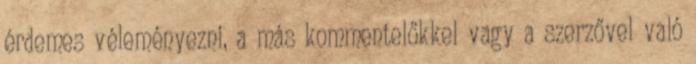
érdemes véleményezni, a más kommentelőkkel vagy a szerzővel való